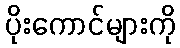
ပိုးကောင်များကို